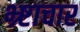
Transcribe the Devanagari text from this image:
भ्र्ष्टाचार